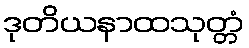
ဒုတိယနာထသုတ္တံ